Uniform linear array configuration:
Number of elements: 8
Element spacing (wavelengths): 0.5
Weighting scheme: binomial
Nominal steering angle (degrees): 60
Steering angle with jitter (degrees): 59.167
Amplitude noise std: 0.05
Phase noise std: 0.05

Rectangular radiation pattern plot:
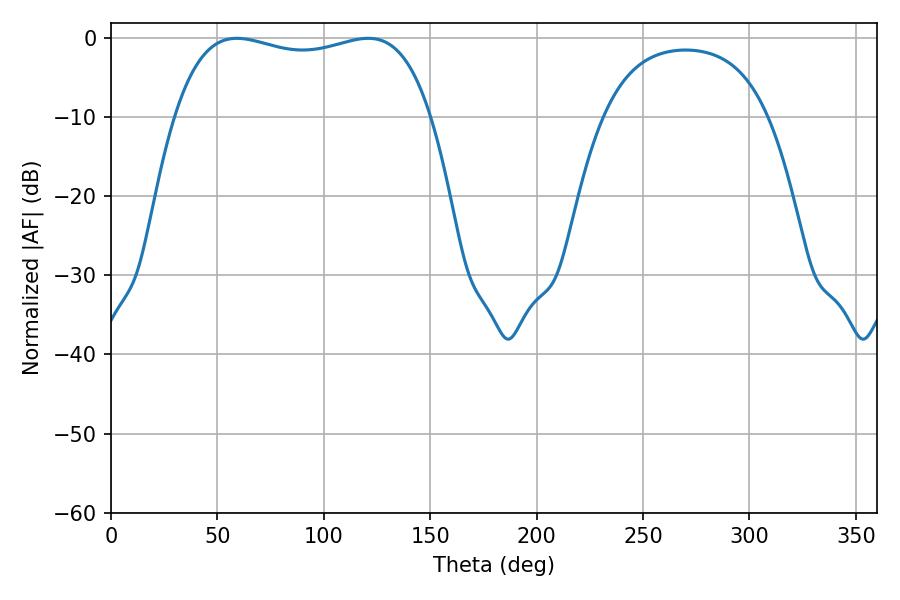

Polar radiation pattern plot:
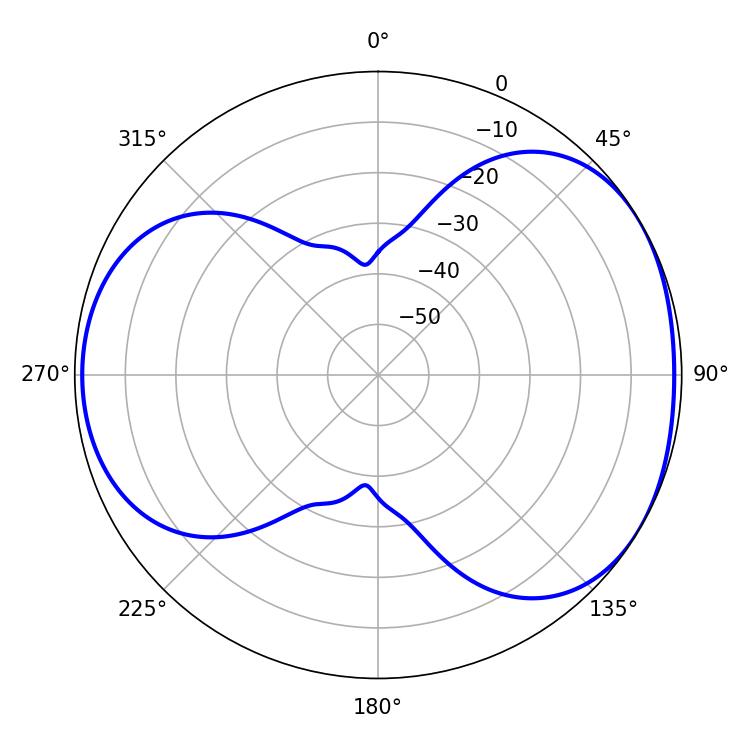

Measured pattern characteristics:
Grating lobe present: FALSE
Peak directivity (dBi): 4.474
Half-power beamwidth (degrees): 97.56
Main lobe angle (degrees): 59.22